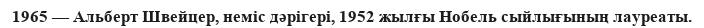
1965 — Альберт Швейцер, неміс дәрігері, 1952 жылғы Нобель сыйлығының лауреаты.